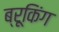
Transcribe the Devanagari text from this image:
ब्रूकिंग